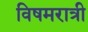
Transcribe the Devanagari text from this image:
विषमरात्री